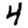
Digit: 4